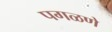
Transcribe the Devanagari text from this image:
पगळणे